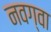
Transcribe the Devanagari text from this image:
नवग्वा